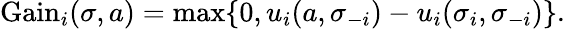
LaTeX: {\mathrm{Gain}}_{i}(\sigma,a)=\operatorname*{max}\{ 0,u_{i}(a,\sigma_{-i})-u_{i}(\sigma_{i},\sigma_{-i})\} .